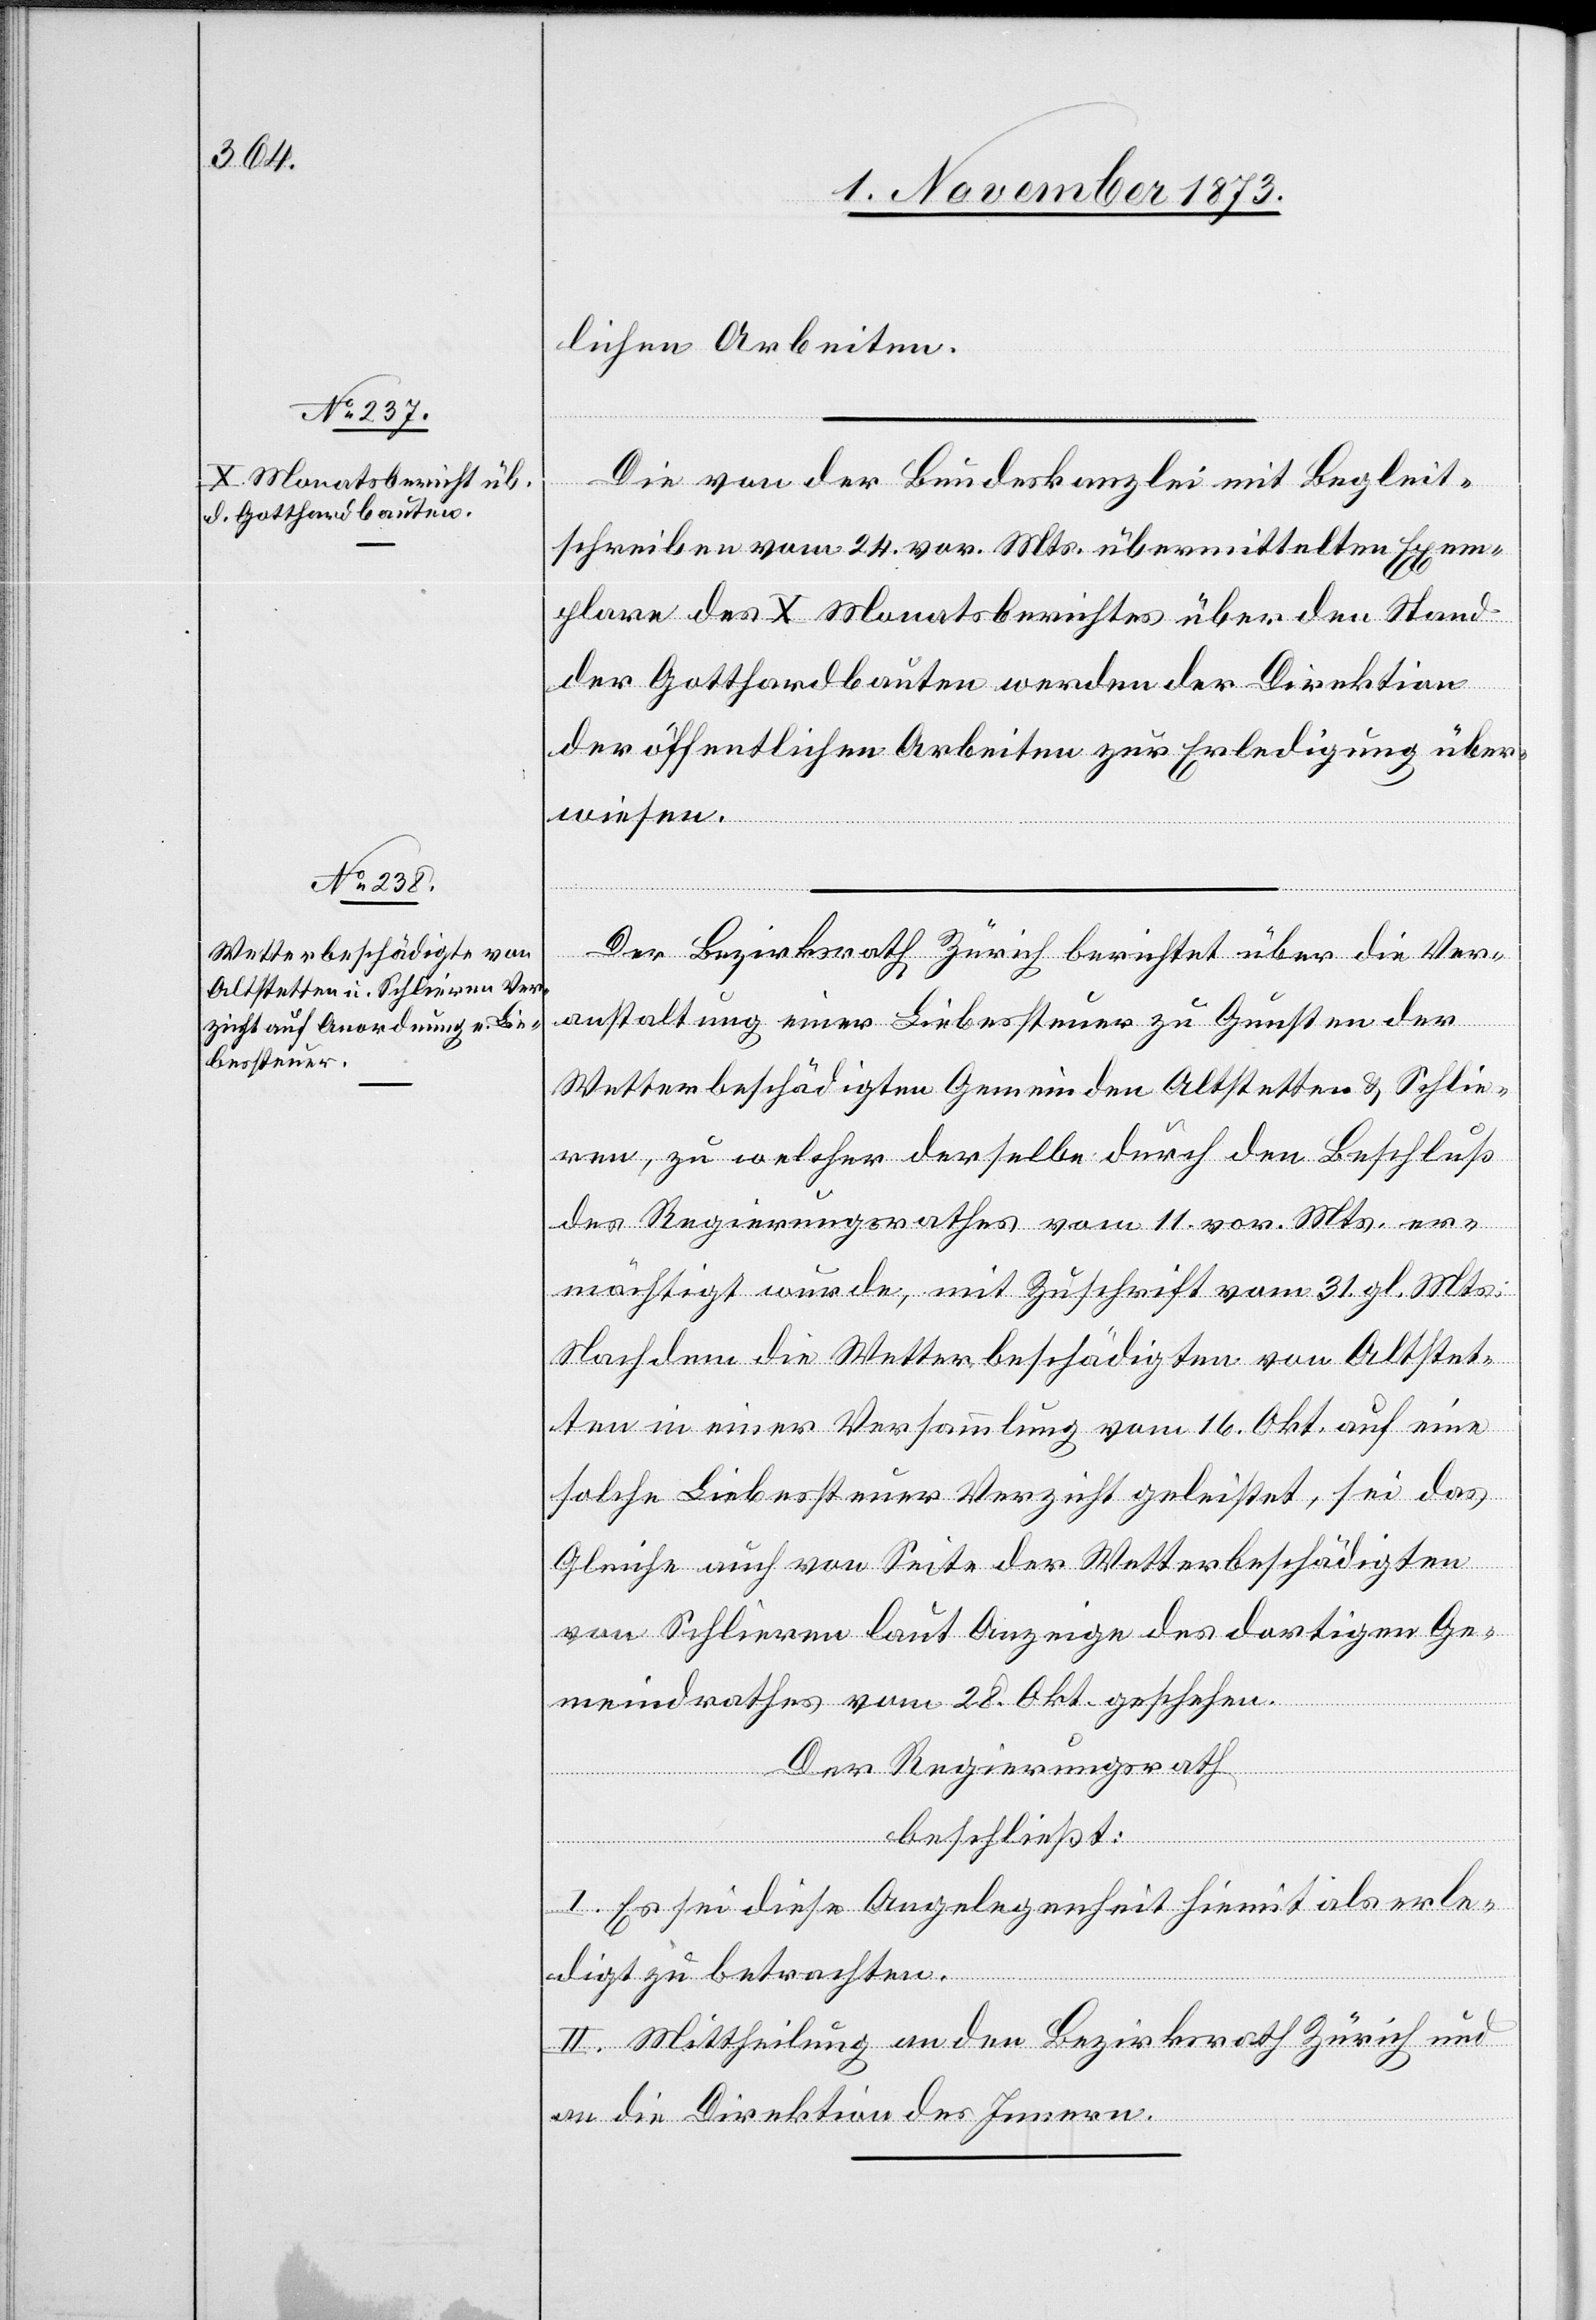
lichen Arbeiten.
Die von der Bundeskanzlei mit Begleit¬
schreiben vom 24. vor. Mts. übermittelten Exem¬
plare des X. Monatsberichtes über den Stand
der Gotthardbauten werden der Direktion
der öffentlichen Arbeiten zur Erledigung über¬
wiesen.
Der Bezirksrath Zürich berichtet über die Ver¬
anstaltung einer Liebessteuer zu Gunsten der
Wetterbeschädigten Gemeinden Altstetten & Schlie¬
ren, zu welcher derselbe durch den Beschluß
des Regierungsrathes vom 11. vor. Mts. er¬
mächtigt wurde, mit Zuschrift vom 31. gl. Mts:
Nachdem die Wetterbeschädigten von Altstet¬
ten in einer Versammlung vom 16. Okt. auf eine
solche Liebessteuer Verzicht geleistet, sei das
Gleiche auch von Seite der Wetterbeschädigten
von Schlieren laut Anzeige des dortigen Ge¬
meindrathes vom 28. Okt. geschehen.
Der Regierungsrath
beschließt:
I. Es sei diese Angelegenheit hiemit als erle¬
digt zu betrachten.
II. Mittheilung an den Bezirksrath Zürich und
an die Direktion des Innern.